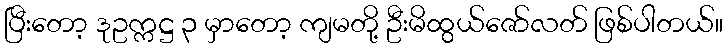
ပြီးတော့ ဒုဥက္ကဋ္ဌ ၃ မှာတော့ ကျမတို့ ဦးမိထွယ်ဇော်လတ် ဖြစ်ပါတယ်။